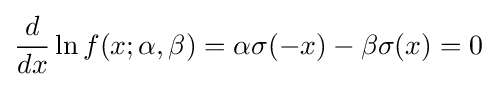
{\frac {d}{dx}}\ln f(x;\alpha ,\beta )=\alpha \sigma (-x)-\beta \sigma (x)=0